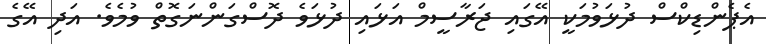
އެޕެންޑިކްސް ދުޅަވުމަކީ އޭގައި ޖަރާސީމް އަޅައި ދުޅަވެ ދޮސްގަންނަގޮތް ވުމެވެ. އަދި އޭގެ